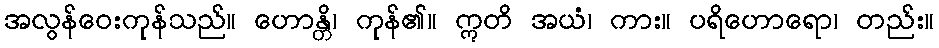
အလွန်ဝေးကုန်သည်။ ဟောန္တိ၊ ကုန်၏။ ဣတိ အယံ၊ ကား။ ပရိဟောရော၊ တည်း။